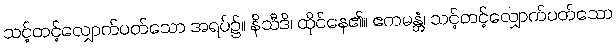
သင့်တင့်လျှောက်ပတ်သော အရပ်၌။ နိသီဒိ၊ ထိုင်နေ၏။ ဧကမန္တံ၊ သင့်တင့်လျှောက်ပတ်သော